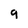
Character: 9